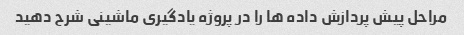
مراحل پیش پردازش داده ها را در پروژه یادگیری ماشینی شرح دهید